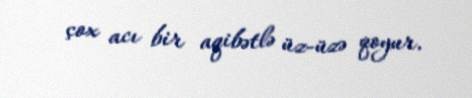
çox acı bir aqibətlə üz-üzə qoyur.